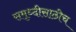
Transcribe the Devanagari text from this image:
समृध्दीसाठीच